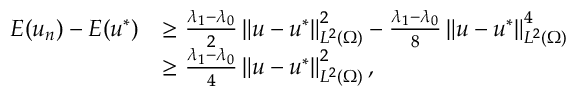
\begin{array} { r l } { E ( u _ { n } ) - E ( u ^ { * } ) } & { \geq \frac { \lambda _ { 1 } - \lambda _ { 0 } } { 2 } \left\Vert u - u ^ { * } \right\Vert _ { L ^ { 2 } ( \Omega ) } ^ { 2 } - \frac { \lambda _ { 1 } - \lambda _ { 0 } } { 8 } \left\Vert u - u ^ { * } \right\Vert _ { L ^ { 2 } ( \Omega ) } ^ { 4 } } \\ & { \geq \frac { \lambda _ { 1 } - \lambda _ { 0 } } { 4 } \left\Vert u - u ^ { * } \right\Vert _ { L ^ { 2 } ( \Omega ) } ^ { 2 } , } \end{array}